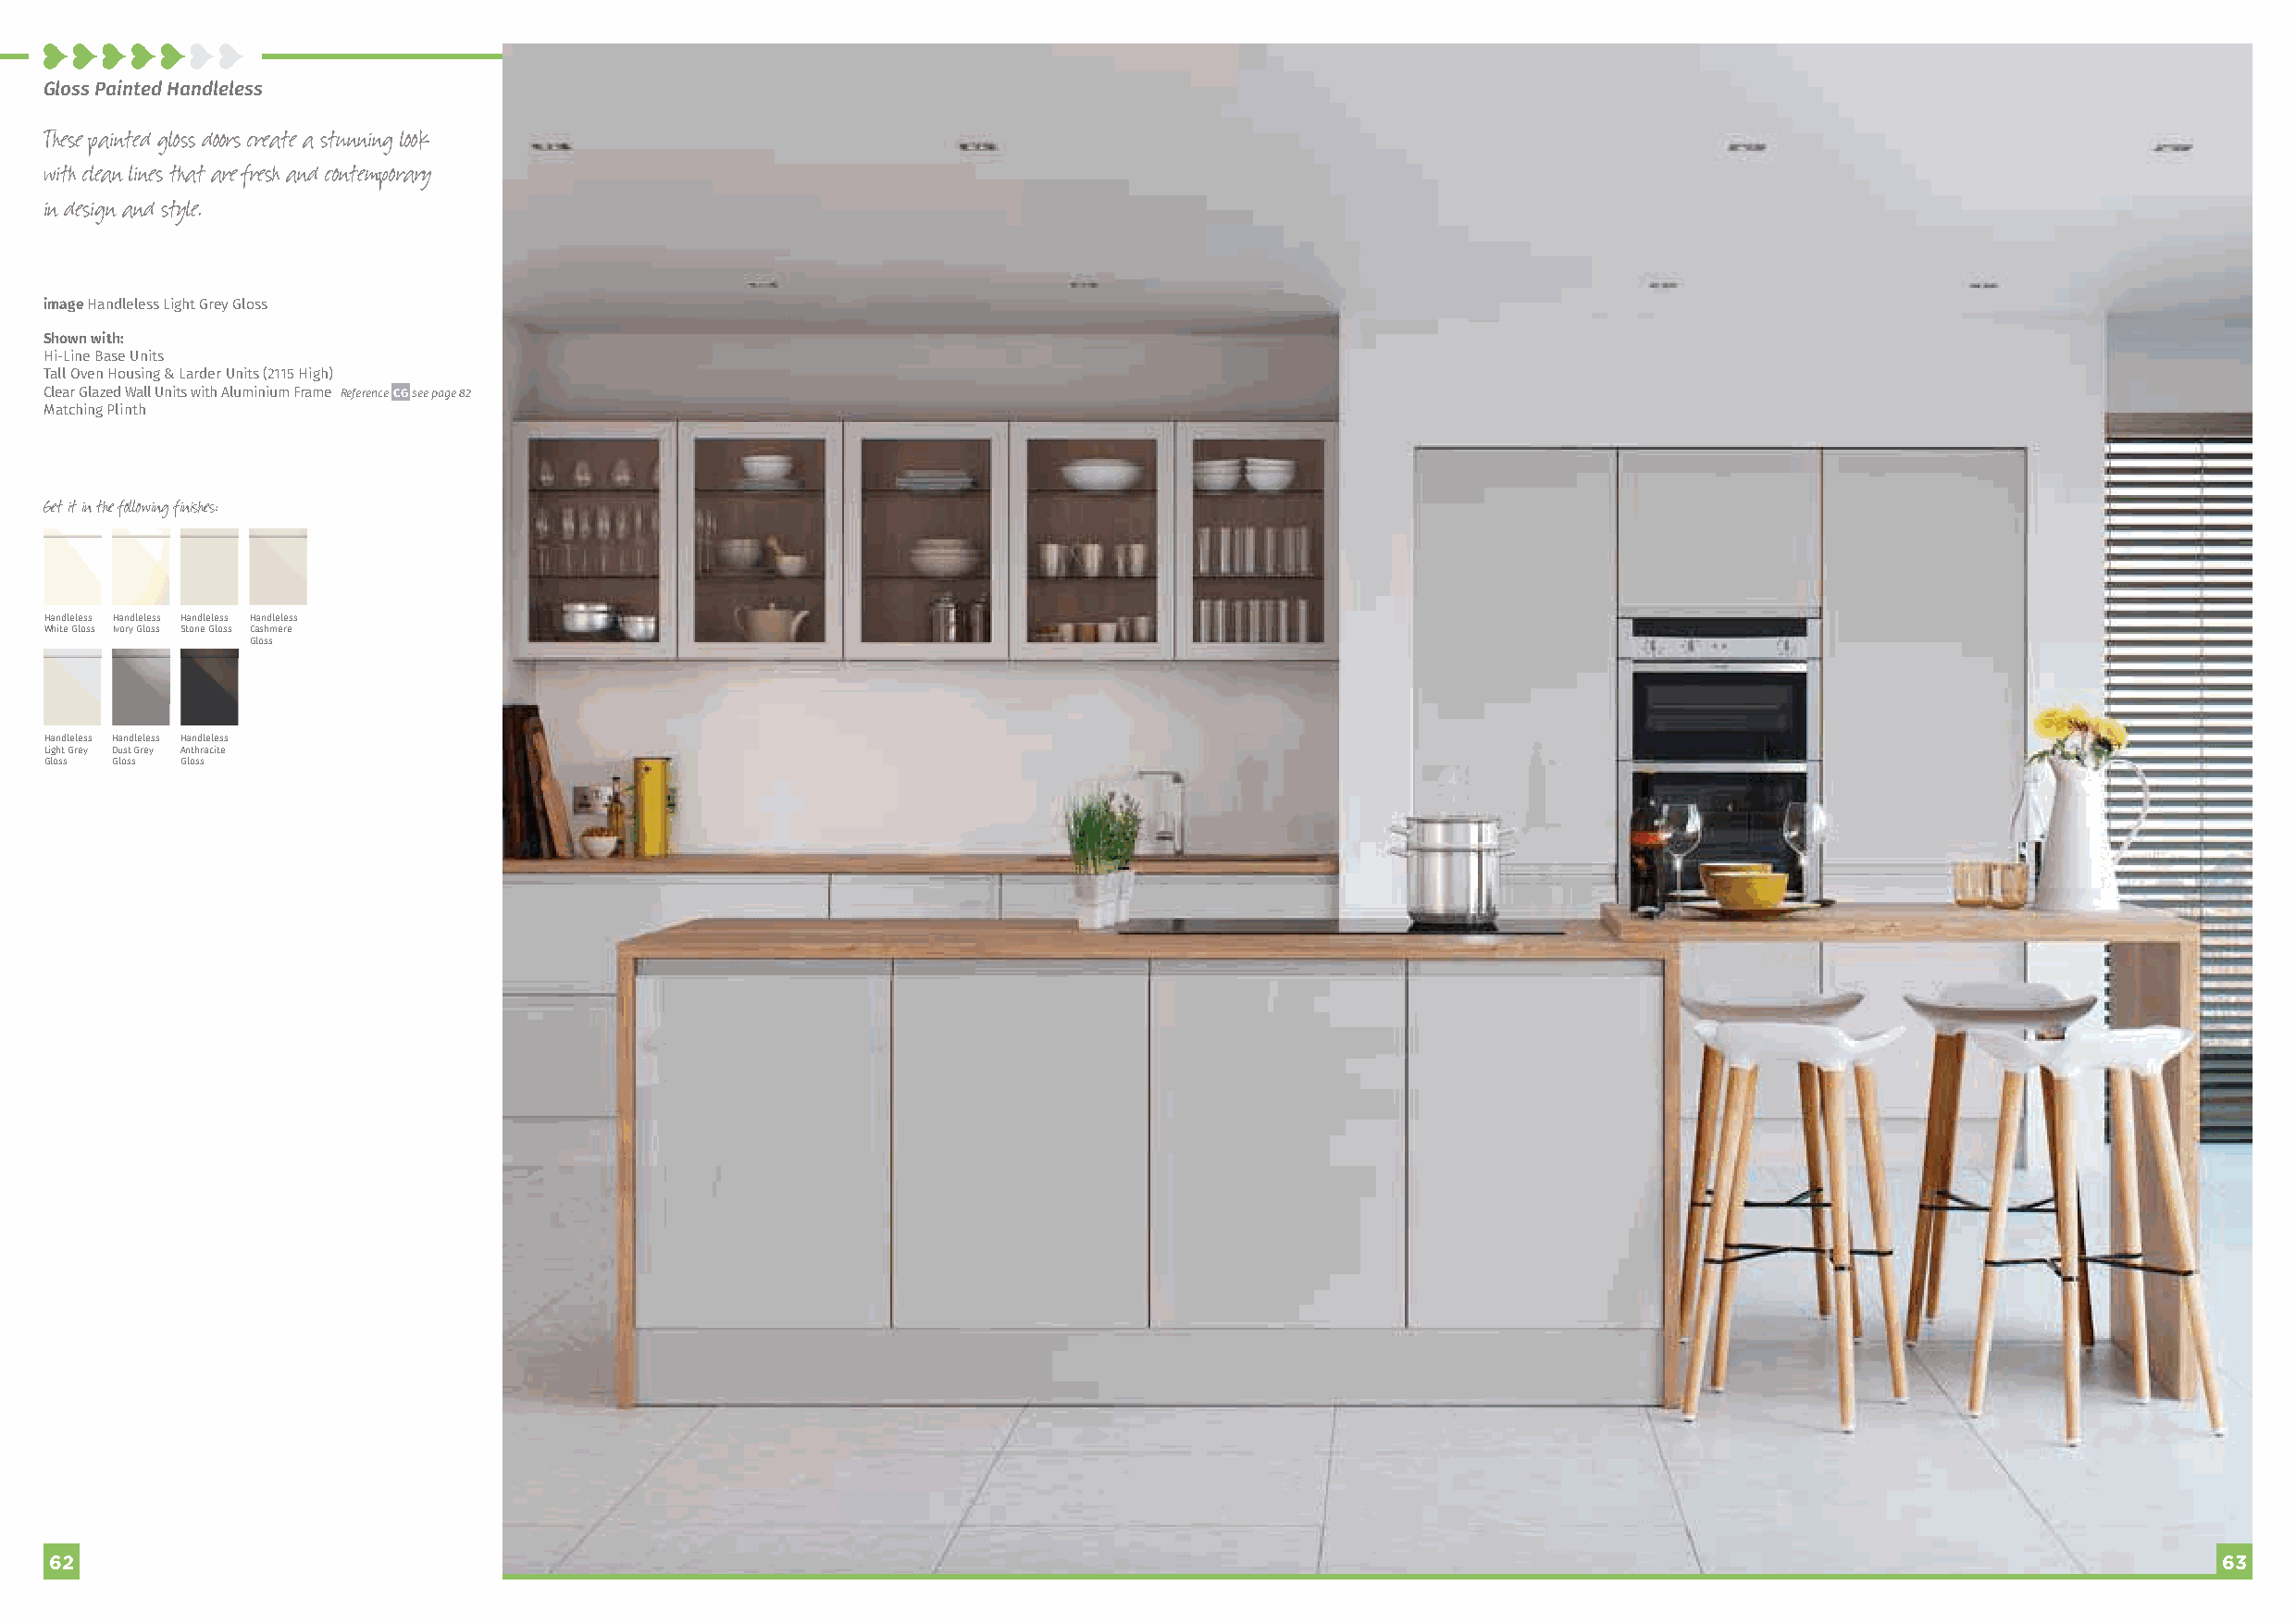
Gloss Painted Handleless
 These painted gloss doors create a stunning look
 with clean lines that are fresh and contemporary
 in design and style.
 image Handleless Light Grey Gloss
 Shown with:
 Hi-Line Base Units
 Tall Oven Housing & Larder Units (2115 High)
 Clear Glazed Wall Units with Aluminium Frame Reference CG see page 82
 Matching Plinth
 Get it in the following finishes:
 Handleless Handleless Handleless Handleless
 White Gloss Ivory Gloss Stone Gloss Cashmere
 Gloss
 Handleless Handleless Handleless
 Light Grey Dust Grey Anthracite
 Gloss Gloss Gloss
 6622                                                                                                                                                       6633